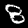
Label: 8